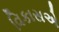
વિકાસએ